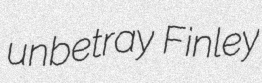
unbetray Finley